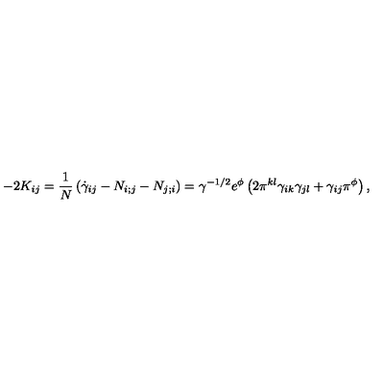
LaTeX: - 2 K _ { i j } = \frac { 1 } { N } \left( \dot { \gamma } _ { i j } - N _ { i ; j } - N _ { j ; i } \right) = \gamma ^ { - 1 / 2 } e ^ { \phi } \left( 2 \pi ^ { k l } \gamma _ { i k } \gamma _ { j l } + \gamma _ { i j } \pi ^ { \phi } \right) ,